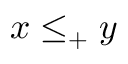
x \leq _ { + } y